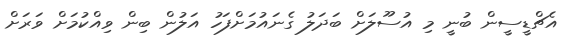
އެޗްޑީސީން ބުނީ މި އުސޫލަށް ބަދަލު ގެނައުމަށްފަހު އަލުން ބިން ވިއްކުމަށް ވަރަށް